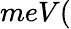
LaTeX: meV(